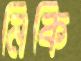
নিকি